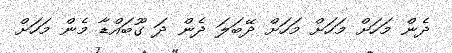
ދެން މަހަށް މަހަށް މަހަށް ދޭބަލަ ދެން ދަ ގޫބައްޑާ މެން މަހަށް